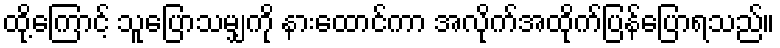
ထို့ကြောင့် သူပြောသမျှကို နားထောင်ကာ အလိုက်အထိုက်ပြန်ပြောရသည်။